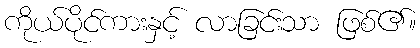
ကိုယ်ပိုင်ကားနှင့် လာခြင်းသာ ဖြစ်၏။